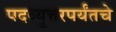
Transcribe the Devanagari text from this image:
पदव्युत्तरपर्यंतचे